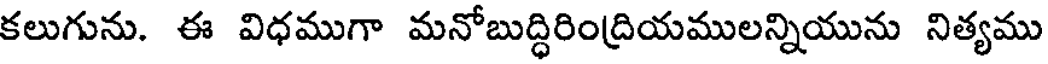
కలుగును. ఈ విధముగా మనోబుద్ధిరింద్రియములన్నియును నిత్యము